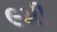
૯મી